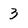
Character: 3